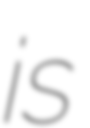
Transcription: is